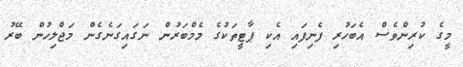
މީގެ ކުރިންވެސް އެބަހުރި ފެނިފައި އެކި ޕާޓީތަކުގެ މެމްބަރުން ނަގައިގަނެގެން މަޖްލިހުން ބޭރު